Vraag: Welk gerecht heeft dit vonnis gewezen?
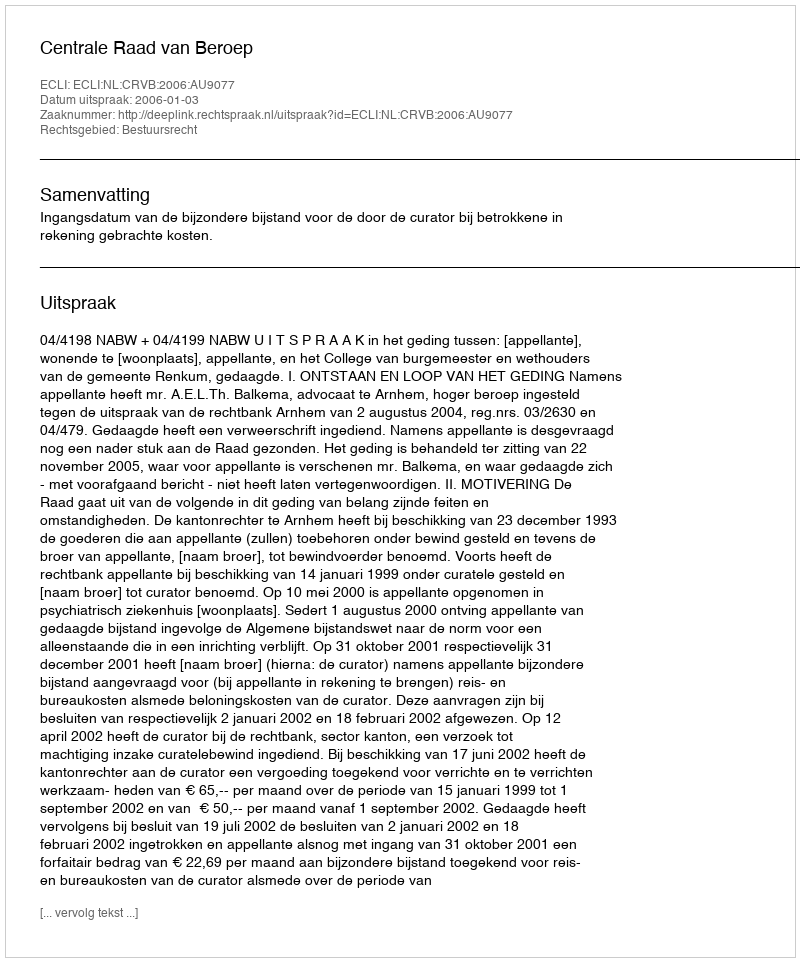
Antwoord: Centrale Raad van Beroep